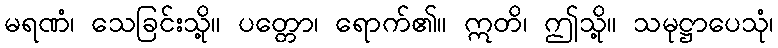
မရဏံ၊ သေခြင်းသို့။ ပတ္တော၊ ရောက်၏။ ဣတိ၊ ဤသို့။ သမုဋ္ဌာပေသုံ၊